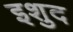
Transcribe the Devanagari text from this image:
इशुद